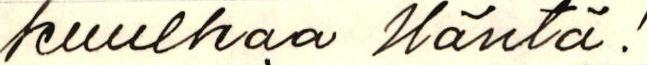
kullkaa Häntä!